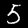
Label: 5